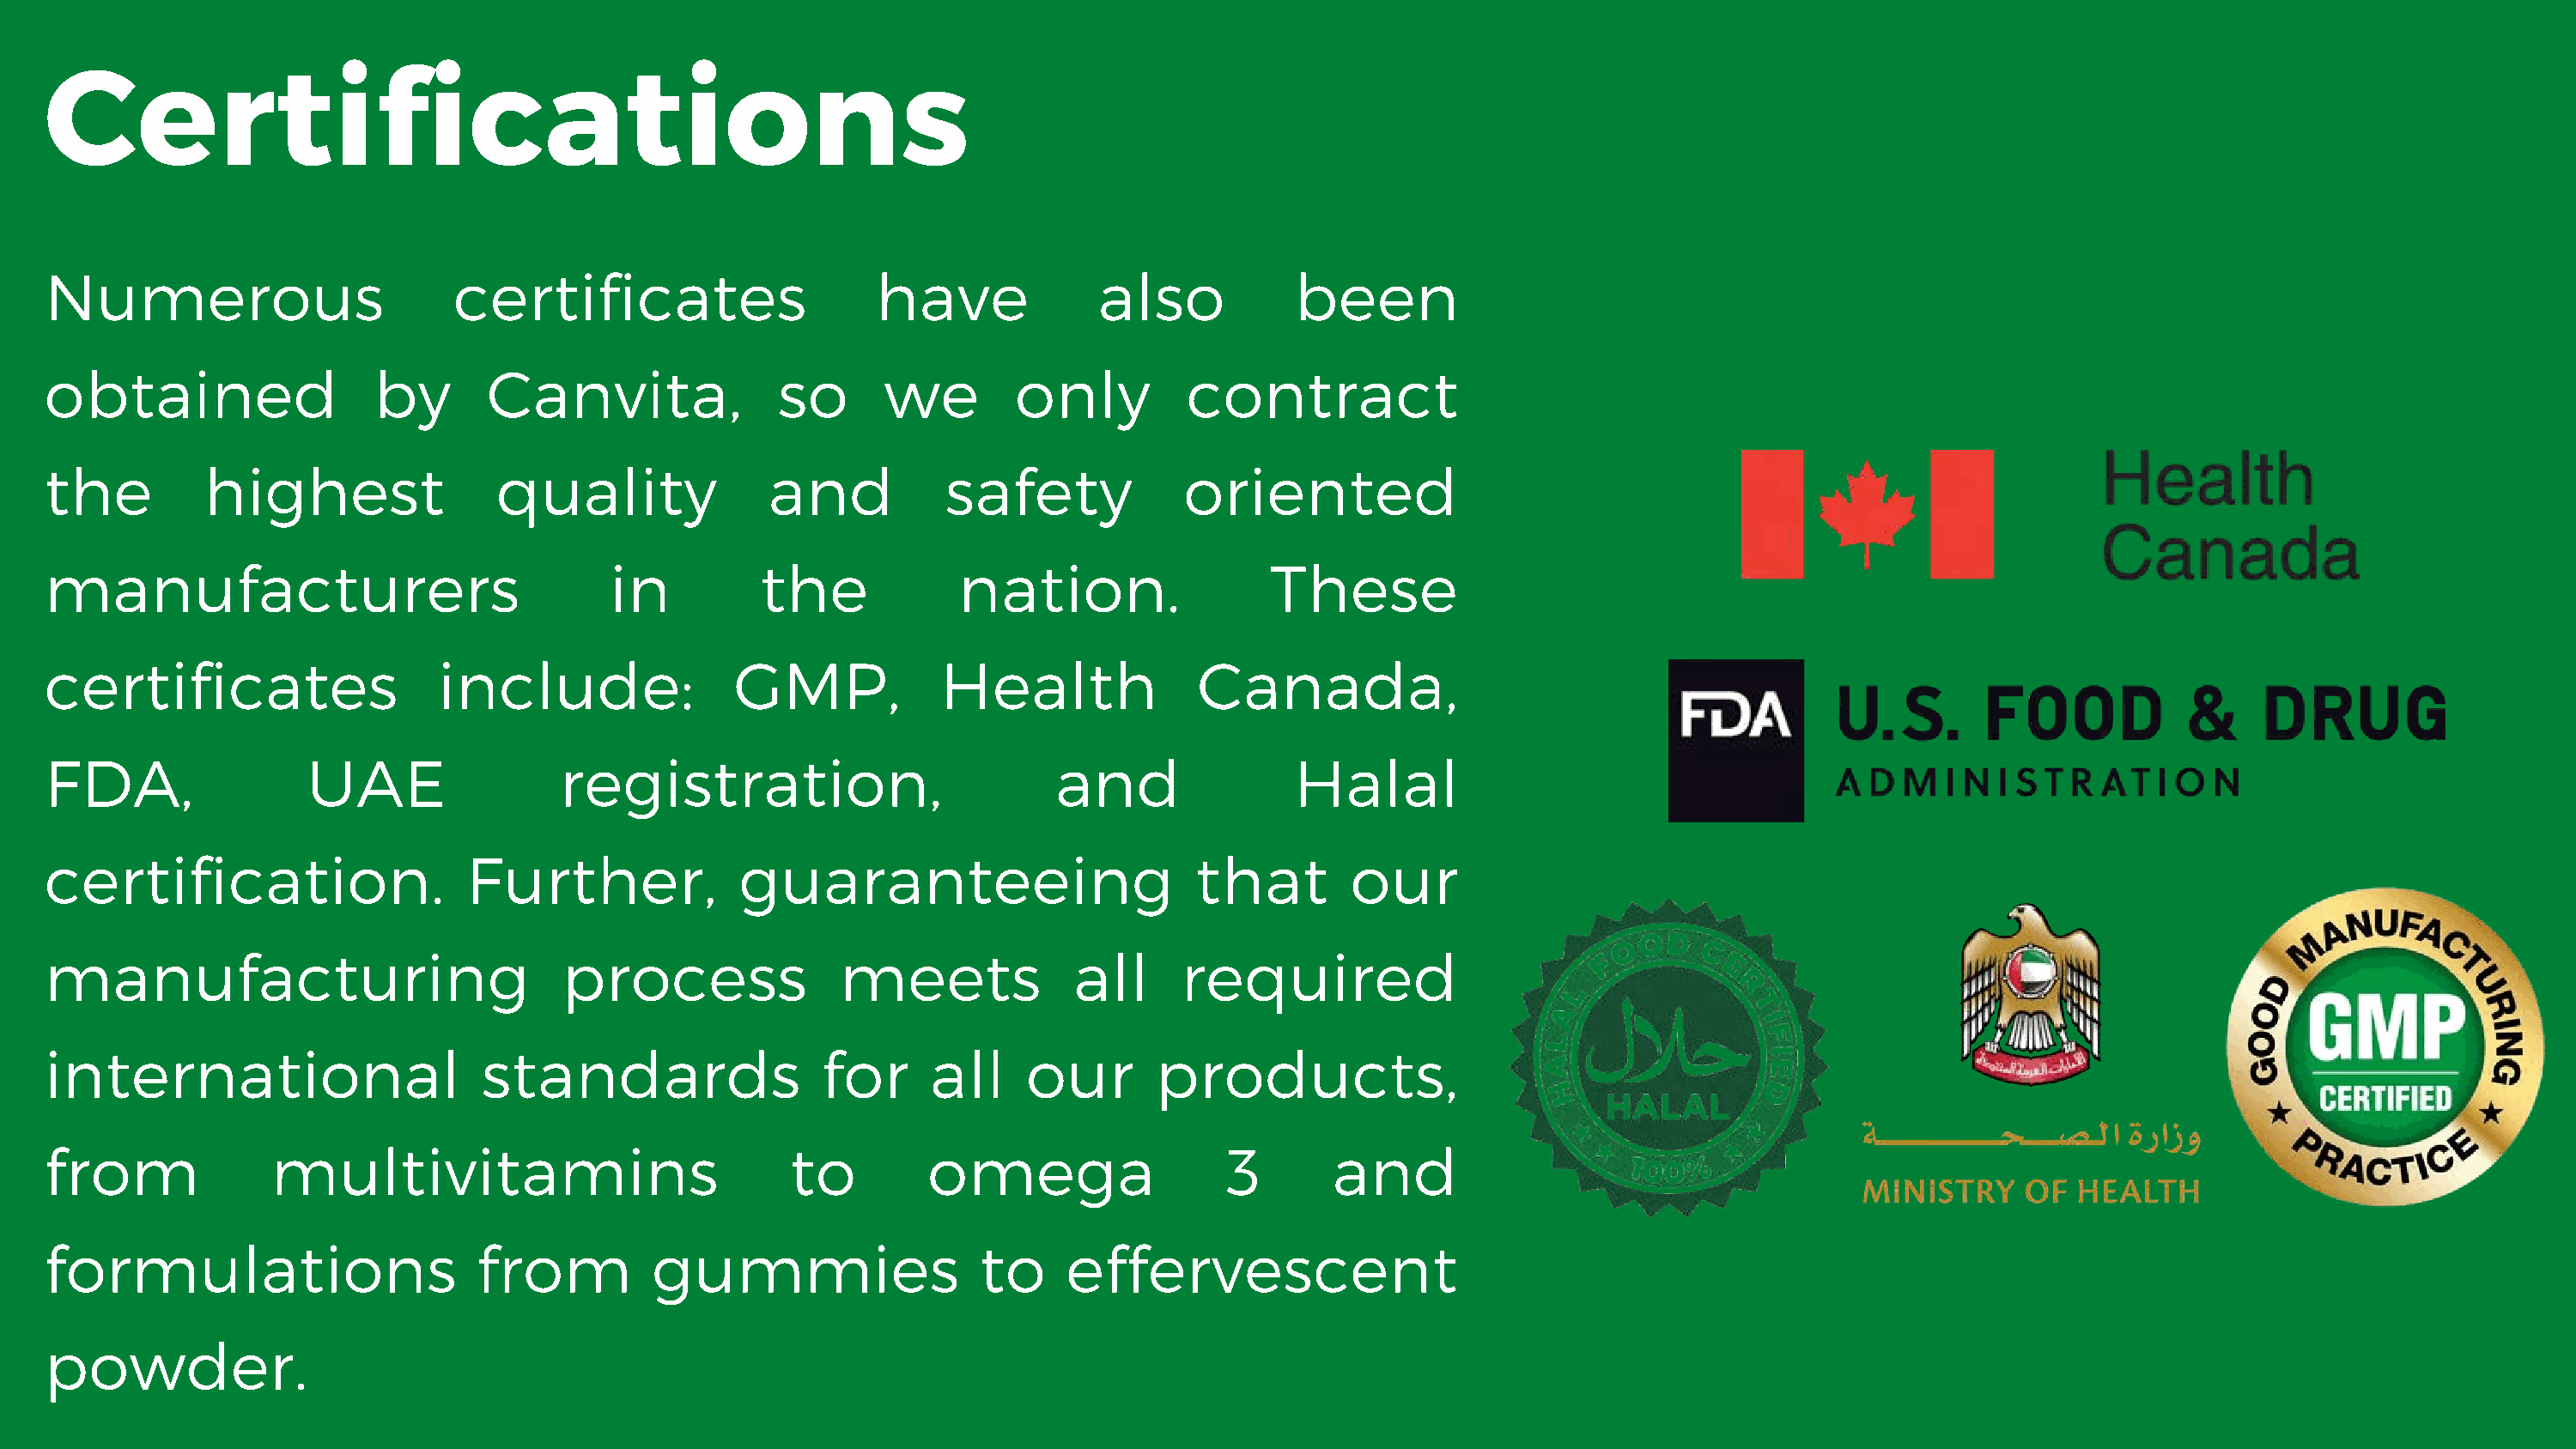
Certifications
 Numerous                        certificates                     have             also           been
 obtained                  by       Canvita,              so      we        only         contract
 the          highest               quality              and           safety            oriented
 manufacturers                               in          the            nation.                 These
 certificates                   include:               GMP,            Health             Canada,
 FDA,                 UAE                registration,                         and                Halal
 certification.                   Further,             guaranteeing                       that        our
 manufacturing                           process               meets             all     required
 international                     standards                 for      all    our       products,
 from              multivitamins                           to         omega                  3       and
 formulations                      from         gummies                   to    effervescent
 powder.